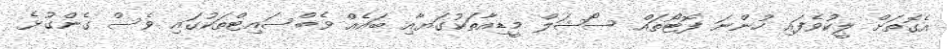
އެގޮތަށް ލީކުވެފައި ހުންނަ ފޮޓޯތައް ސޯޝަލް މީޑިއާތަކުގަޔާއި ބައެއް ވެބްސައިޓްތަކުގައި ވެސް ގެންގުޅެ